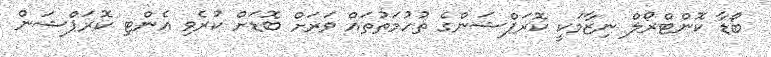
ބޯޑާ ކޮންޓްރޯލް ނިޒާމަކީ ކޮރަޕްޝަންގެ ތުހުމަތުތައް ވަރަށް ބޮޑަށް ކުރެވި އެންޓި ކޮރަޕްޝަން